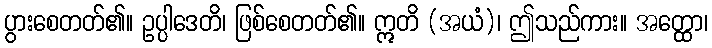
ပွားစေတတ်၏။ ဥပ္ပါဒေတိ၊ ဖြစ်စေတတ်၏။ ဣတိ (အယံ)၊ ဤသည်ကား။ အတ္ထော၊